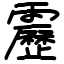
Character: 靂